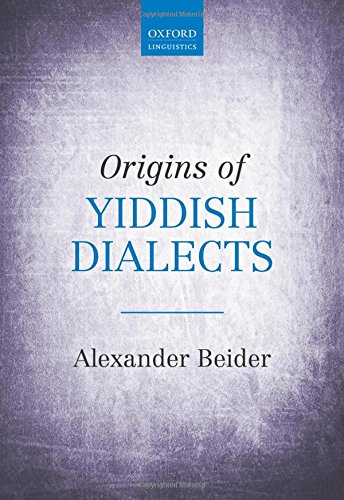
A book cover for Origins of Yiddish Dialects; Alexander Beider; History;